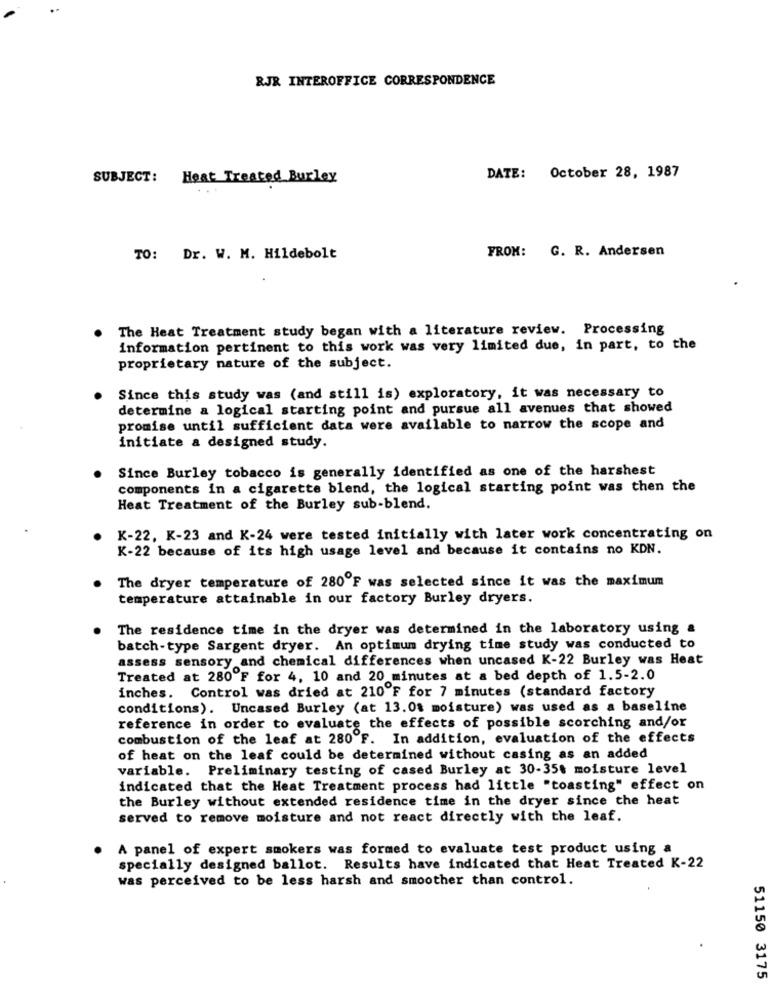
RJR INTEROFFICE CORRESPONDENCE
SUBJECT: Heat Treated Burley
DATE: October 28, 1987
FROM: G. R. Andersen
TO: Dr. W. M. Hildebolt
The Heat Treatment study began with a literature review. Processing
information pertinent to this work was very limited due, in part, to the
proprietary nature of the subject.
Since this study was (and still is) exploratory, it was necessary to
determine a logical starting point and pursue all avenues that showed
promise until sufficient data were available to narrow the scope and
initiate a designed study.
Since Burley tobacco is generally identified as one of the harshest
components in a cigarette blend, the logical starting point was then the
Heat Treatment of the Burley sub-blend.
K-22, K-23 and K-24 were tested initially with later work concentrating on
K-22 because of its high usage level and because it contains no KON.
The dryer temperature of 280'F was selected since it was the maximum
temperature attainable in our factory Burley dryers.
The residence time in the dryer was determined in the laboratory using &
batch-type Sargent dryer. An optimum drying time study was conducted to
assess sensory and chemical differences when uncased K-22 Burley was Heat
Treated at 280 F for 4, 10 and 20 minutes at a bed depth of 1.5-2.0
inches. Control was dried at 210'F for 7 minutes (standard factory
conditions). Uncased Burley (at 13.0% moisture) was used as a baseline
reference in order to evaluate the effects of possible scorching and/or
combustion of the leaf at 280 F. In addition, evaluation of the effects
of heat on the leaf could be determined without casing as an added
variable. Preliminary testing of cased Burley at 30-35t moisture level
indicated that the Heat Treatment process had little "toasting" effect on
the Burley without extended residence time in the dryer since the heat
served to remove moisture and not react directly with the leaf.
A panel of expert smokers was formed to evaluate test product using a
specially designed ballot. Results have indicated that Heat Treated K-22
was perceived to be less harsh and smoother than control.
51150 3175